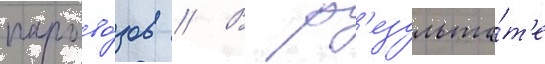
парово́зов // В р'езульта́т'е